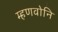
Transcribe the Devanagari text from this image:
म्हणवोनि